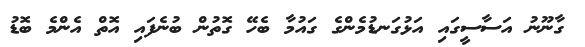
ގާނޫނު އަސާސީގައި އަޅުގަނޑުމެންގެ ގައުމާ ބެހޭ ގޮތުން ބުނެފައި އޮތް އެންމެ ބޮޑު